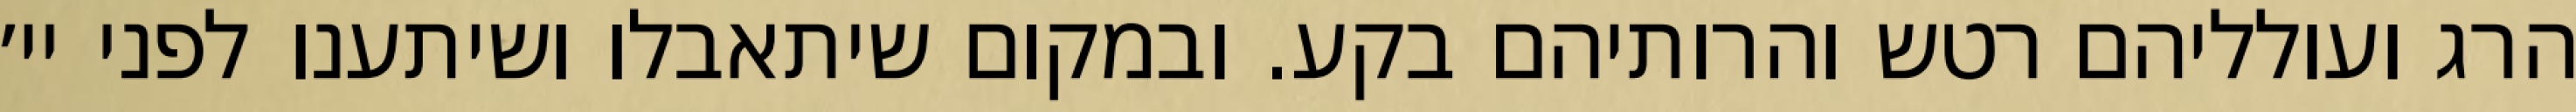
הרג ועולליהם רטש והרותיהם בקע. ובמקום שיתאבלו ושיתענו לפני יי׳